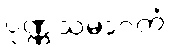
ပုဏ္ဏသမာဂတံ